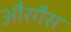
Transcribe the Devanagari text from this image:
औरगैस